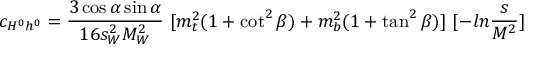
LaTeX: c _ { H ^ { 0 } h ^ { 0 } } = { \frac { 3 \cos \alpha \sin \alpha } { 1 6 s _ { W } ^ { 2 } M _ { W } ^ { 2 } } } ~ [ m _ { t } ^ { 2 } ( 1 + \cot ^ { 2 } \beta ) + m _ { b } ^ { 2 } ( 1 + \tan ^ { 2 } \beta ) ] ~ [ - l n { \frac { s } { M ^ { 2 } } } ]